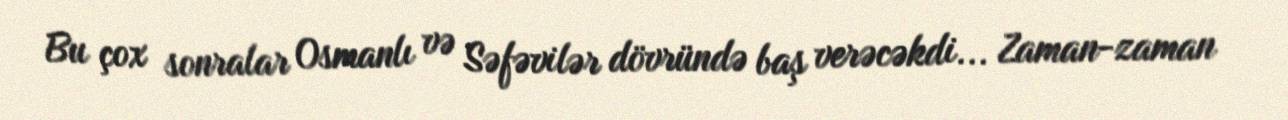
Bu çox sonralar Osmanlı və Səfəvilər dövründə baş verəcəkdi... Zaman-zaman